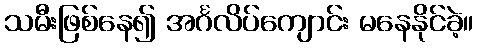
သမီးဖြစ်နေ၍ အင်္ဂလိပ်ကျောင်း မနေနိုင်ခဲ့။